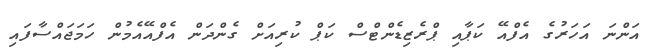
އަންނަ އަހަރުގެ އެފްއޭ ކަޕާއި ޕްރެޒިޑެންޓްސް ކަޕް ކުރިއަށް ގެންދަން އެފްއޭއެމުން ހަމަޖައްސާފައި